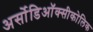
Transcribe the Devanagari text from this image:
अर्सोडिऑक्सीकोलिक